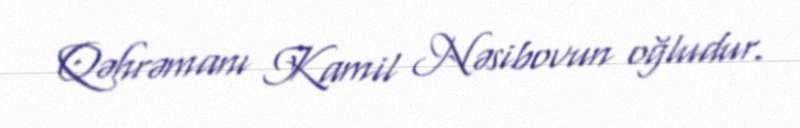
Qəhrəmanı Kamil Nəsibovun oğludur.